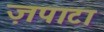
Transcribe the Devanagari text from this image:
ज़पाटा